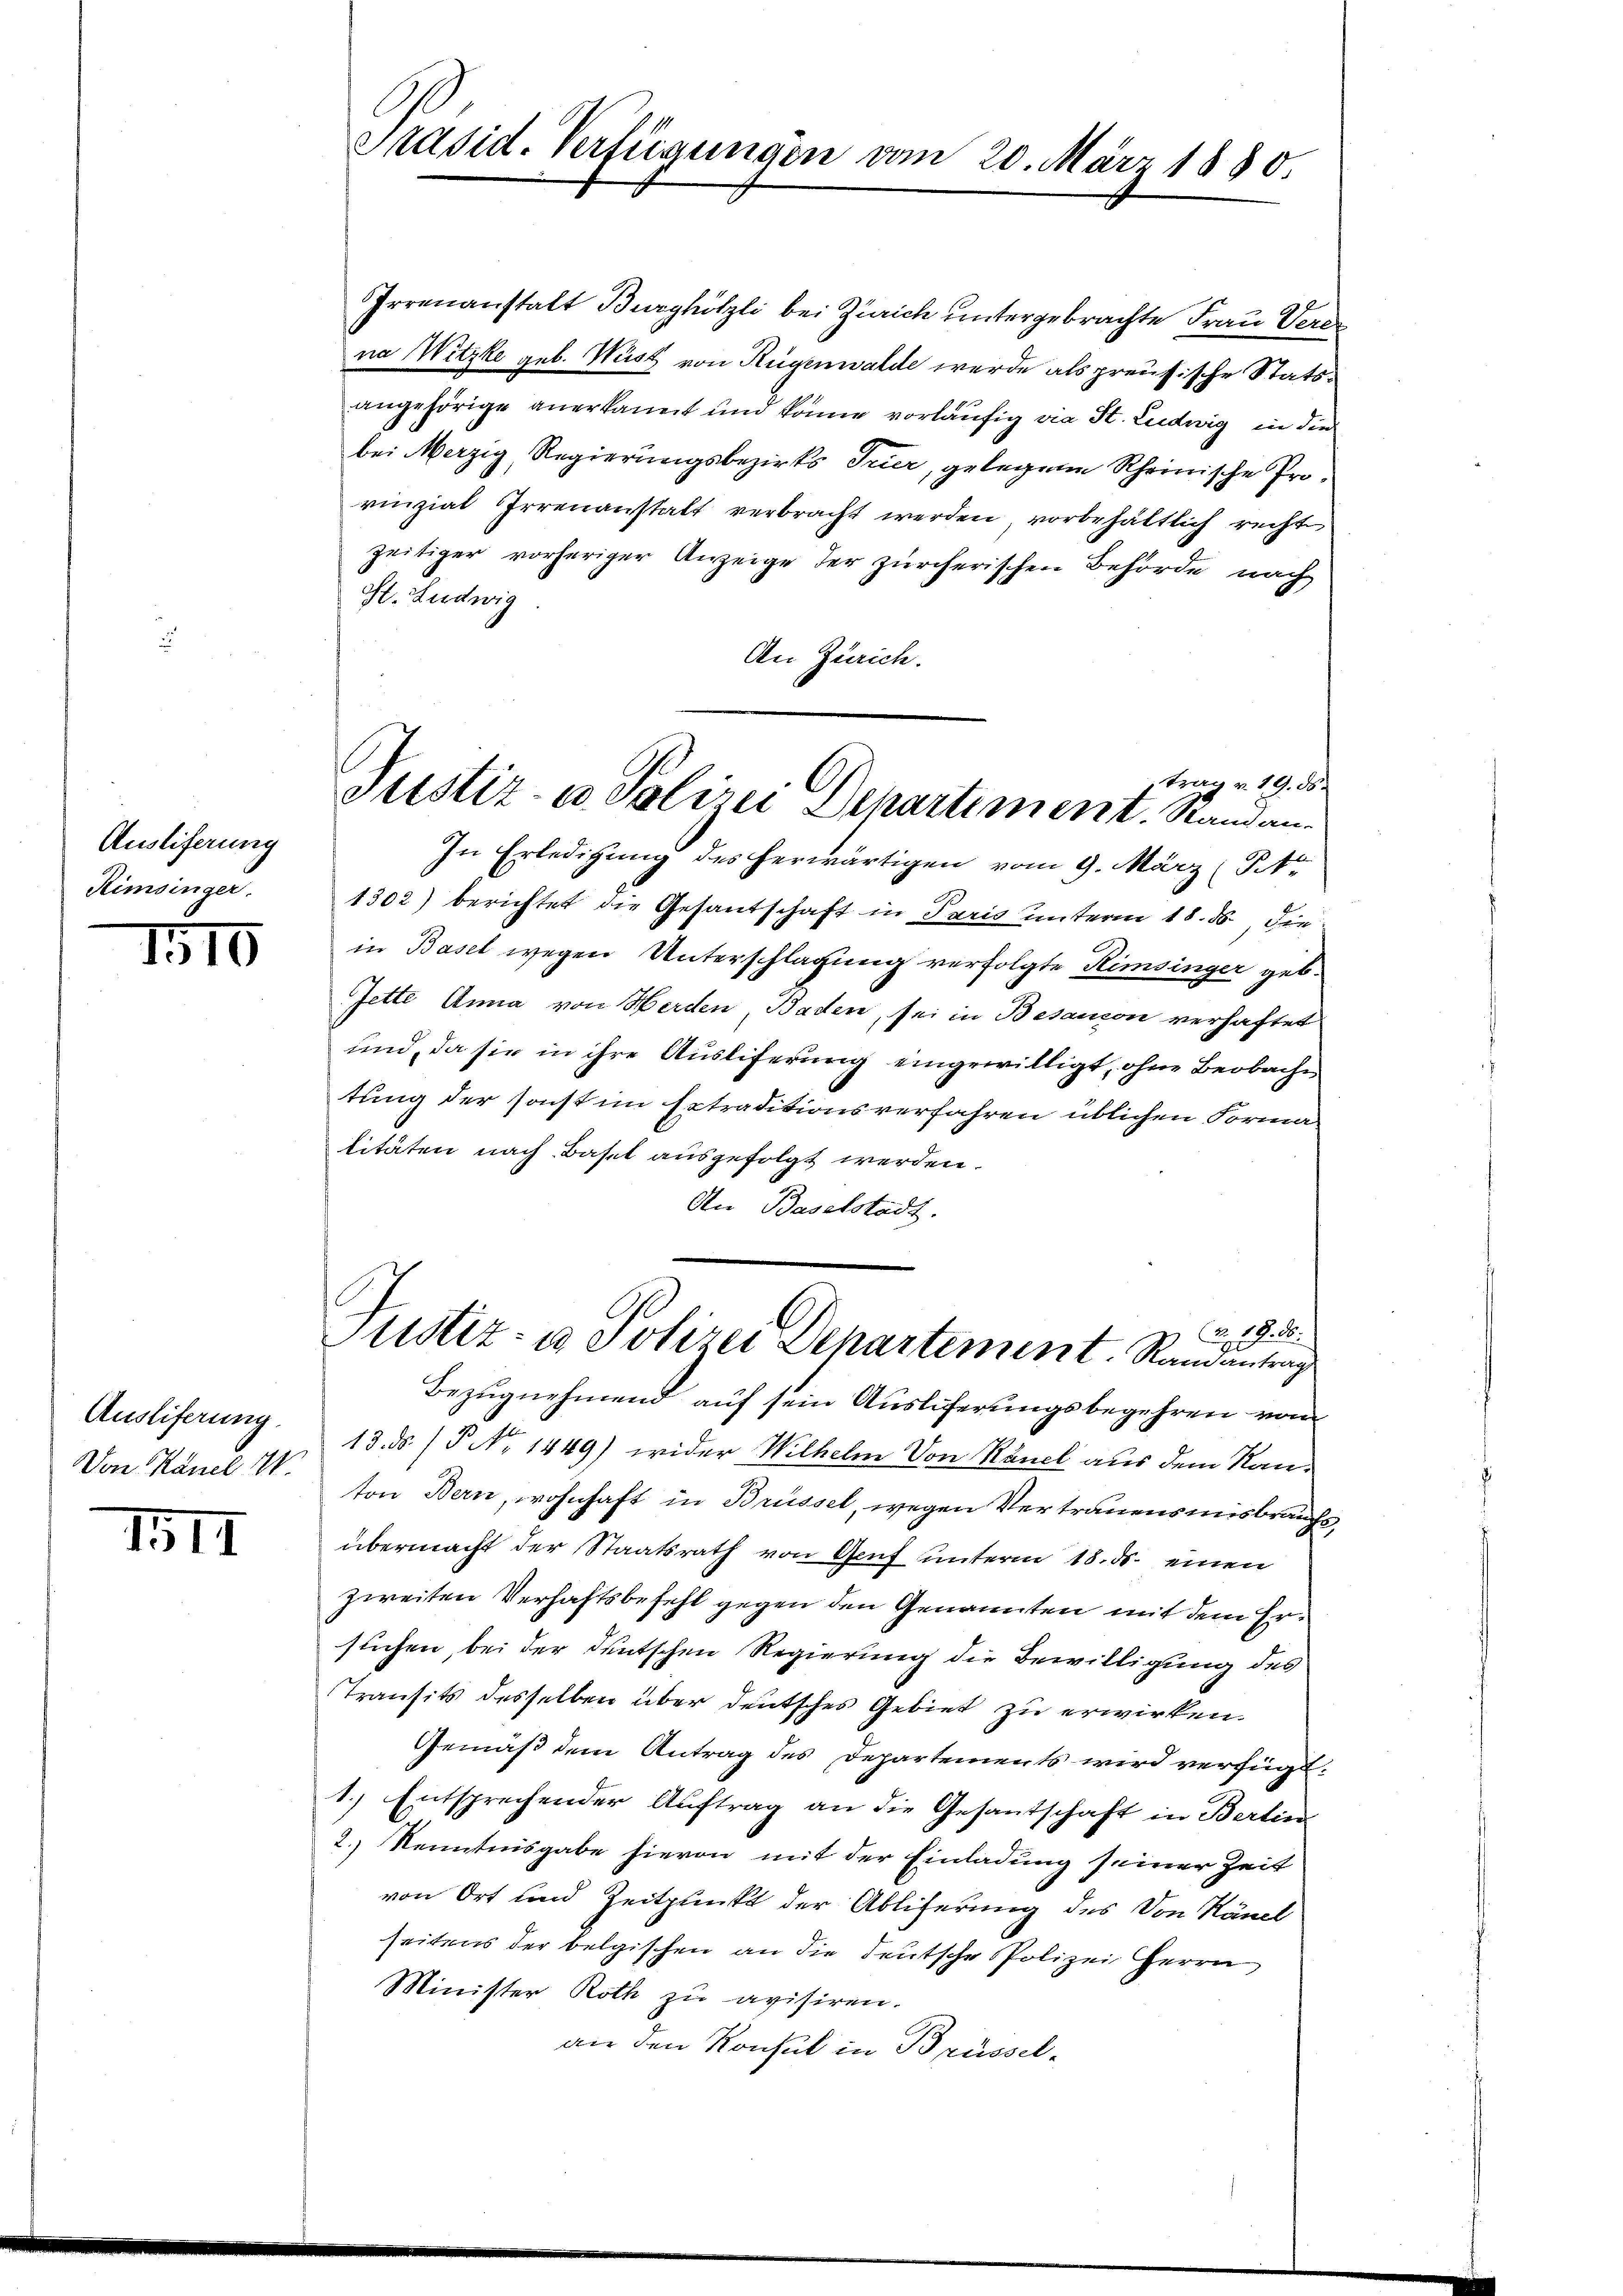
Auslieferung
Rimsinger.

110

Ausliferung.
Von Känel IV.

III

Irrenanstalt Burghölzli bei Zürich untergebrachte Frau Verer
na Witzke geb. Wüst von Rügenwalde werde als preusische Statsangehörige anerkannt und könne vorläufig vie St. Ludwig in die
bei Merzig, Regierungsbezirks Trier, gelegene Rheinische Prorinzial Irrenanstalt verbracht werden, vorbehältlich recht
zeitiger vorheriger Anzeige der zürcherischen Behörde nach
St. Ludwig
An Zürich.
In Erledigung des herwärtigen vom 9. März (Str
1302) berichtet die Gesantschaft in Paris unterm 18. ds. die
in Basel wegen Unterschlagung verfolgte Himsinger geb.
Jette Anna von Herden, Baden, sei in Besandon verhaftet
und, da sie in ihre Auslieferung eingewilligt, ohne Beobache
tung der sonst im Extraditionsverfahren üblichen Formatitäten nach Basel ausgefolgt werden.
An Baselstadt.
b
2. 19. d.
Justiz- u Polizei Departement. Randantrags
Bezugnehmend auf sein Ausliferungsbegehren vom
13. ds. /P No 1449) wider Wilhelm Von Känel aus dem Kanton Bern, wohnhaft in Brüssel, wegen Vertrauensmisbrauchs,
übermacht der Staatsrath von Genf unterm 18. ds. einen
zweiten Verhaftsbefehl gegen den Genannten mit dem Ersuchen, bei der deutschen Regierung die Bewilligung des
Transits desselben über deutsches Gebiet zu erwirken.
Gemäß dem Antrag des Departements wird verfügt:
1.) Entsprechender Auftrag an die Gesantschaft in Berlin
2.) Kenntnisgabe hievon mit der Einladung seiner Zeit
von Ort und Zeitpunkt der Abliferung des Von Känel
seitens der belgischen an die Teutsche Polizei Herrn
Minister Roth zu avisiren.
an den Konsul in Brüssel¬

Präsid. Verfügungen vom 20. März 1880.

Frau v. 19. ds.
Justiz- u. Polizei Departiment. Randan¬